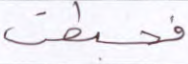
فحبطت